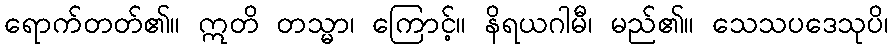
ရောက်တတ်၏။ ဣတိ တသ္မာ၊ ကြောင့်။ နိရယဂါမီ၊ မည်၏။ သေသပဒေသုပိ၊